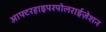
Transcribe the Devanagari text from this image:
आफ्टरहाइपरपोलराईज़ेशन